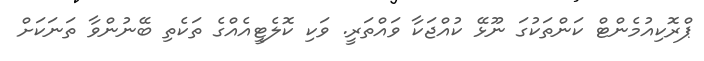
ޕްރޮކިއުމެންޓް ކަންތަކުގަ ނޫޅޭ ކުއްޖަކާ ވައްތަރީ. ވަކި ކޮލެޓީއެއްގެ ތަކެތި ބޭނުންވާ ތަނަކަށް